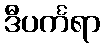
ဒီပင်္ကရာ